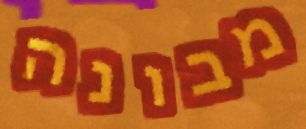
מבונה